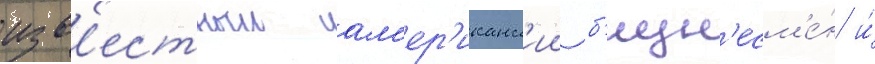
изв'естныи ам'ер'иканск'ии б'изн'есм'е́н и́